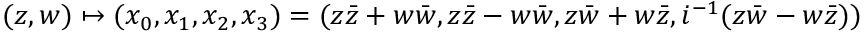
( z , w ) \mapsto ( x _ { 0 } , x _ { 1 } , x _ { 2 } , x _ { 3 } ) = ( z { \bar { z } } + w { \bar { w } } , z { \bar { z } } - w { \bar { w } } , z { \bar { w } } + w { \bar { z } } , i ^ { - 1 } ( z { \bar { w } } - w { \bar { z } } ) )